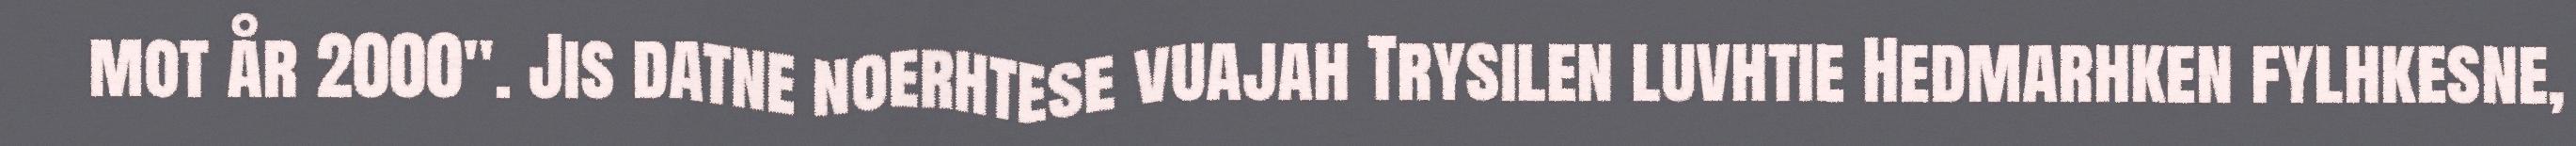
mot år 2000". Jis datne noerhtese vuajah Trysilen luvhtie Hedmarhken fylhkesne,